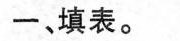
一、填表。